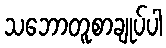
သဘောတူစာချုပ်ပါ